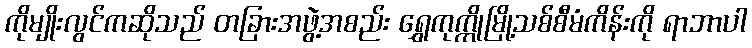
ကိုမျိုးလွင်ကဆိုသည် တခြားအဖွဲ့အစည်း ရွှေကုက္ကိုမြို့သစ်စီမံကိန်းကို ရာဘာပါ